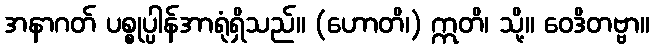
အနာဂတ် ပစ္စုပ္ပါန်အာရုံရှိသည်။ (ဟောတိ၊) ဣတိ၊ သို့။ ဝေဒိတဗ္ဗာ။